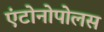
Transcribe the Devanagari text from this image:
एंटोनोपोलस